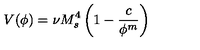
V ( \phi ) = \nu M _ { s } ^ { 4 } \left( 1 - \frac { c } { \phi ^ { m } } \right)